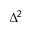
\Delta ^ { 2 }